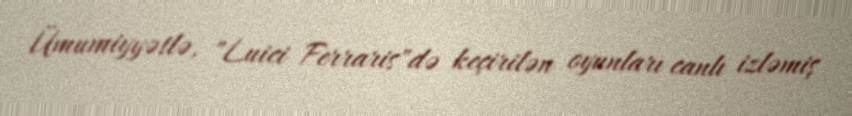
Ümumiyyətlə, "Luici Ferraris"də keçirilən oyunları canlı izləmiş